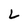
Character: L